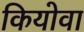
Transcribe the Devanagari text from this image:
कियोवा